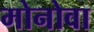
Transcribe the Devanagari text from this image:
मोनोवा